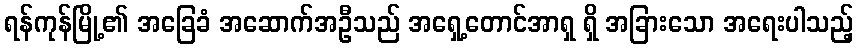
ရန်ကုန်မြို့၏ အခြေခံ အဆောက်အဦသည် အရှေ့တောင်အာရှ ရှိ အခြားသော အရေးပါသည့်